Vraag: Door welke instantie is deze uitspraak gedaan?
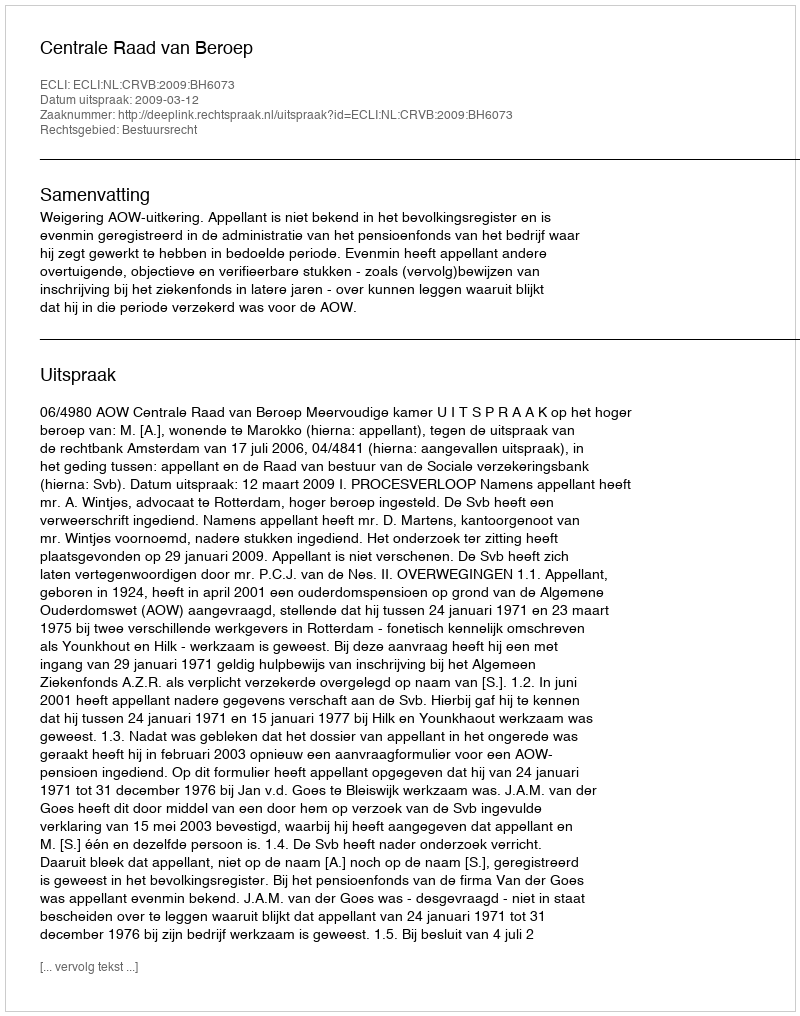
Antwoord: Centrale Raad van Beroep